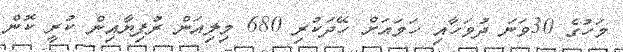
މަހުގެ 30ވަނަ ދުވަހާއި ހަމައަށް ހޭދަކުރި 680 މިލިއަން ރުފިޔާއިން ކުރީ ކޮން